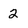
Character: 2